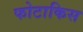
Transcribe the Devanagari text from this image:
फोटाकिस